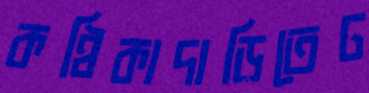
কণ্ঠিকাদাড়িতেঢ